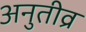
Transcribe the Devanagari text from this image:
अनुतीव्र